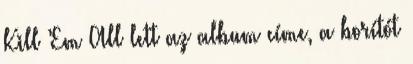
Kill ’Em All lett az album címe, a borítót